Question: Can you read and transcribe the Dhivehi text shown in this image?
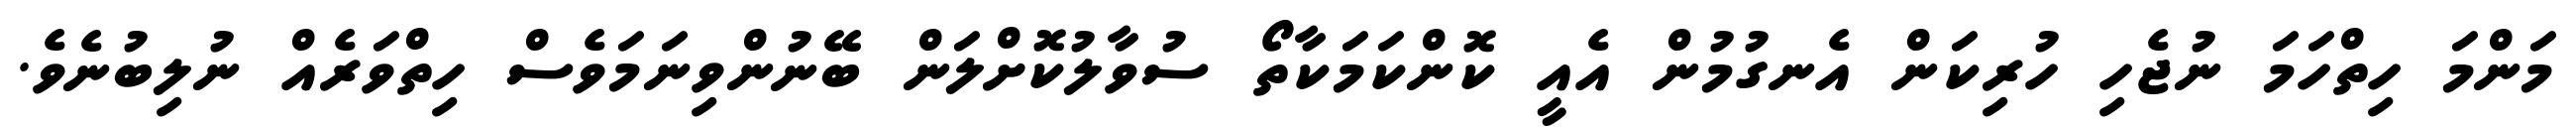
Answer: މަންމަ ހިތްހަމަ ނުޖެހި ހުރިކަން އެނގުމުން އެއީ ކޮންކަމަކާތޯ ސުވާލުކޮށްލަން ބޭނުންވިނަމަވެސް ހިތްވަރެއް ނުލިބުނެވެ.